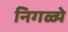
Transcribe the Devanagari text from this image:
निगळ्ये